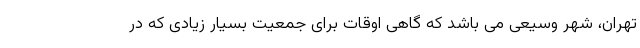
تهران، شهر وسیعی می باشد که گاهی اوقات برای جمعیت بسیار زیادی که در